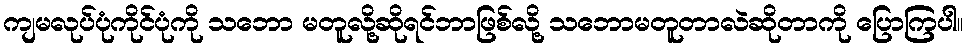
ကျမလုပ်ပုံကိုင်ပုံကို သဘော မတူလို့ဆိုရင်ဘာဖြစ်လို့ သဘောမတူတာလဲဆိုတာကို ပြောကြပါ။